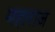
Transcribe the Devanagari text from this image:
महाराज़